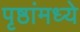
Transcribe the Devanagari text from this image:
पृष्ठांमध्ये